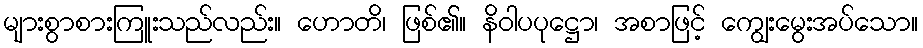
များစွာစားကြူးသည်လည်း။ ဟောတိ၊ ဖြစ်၏။ နိဝါပပုဋ္ဌော၊ အစာဖြင့် ကျွေးမွေးအပ်သော။